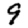
Digit: 9